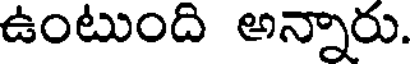
ఉంటుంది అన్నారు.